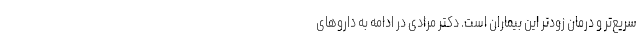
سریع‌تر و درمان زودتر این بیماران است. دکتر مرادی در ادامه به داروهای